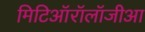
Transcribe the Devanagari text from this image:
मिटिऑरॉलॉजीआ